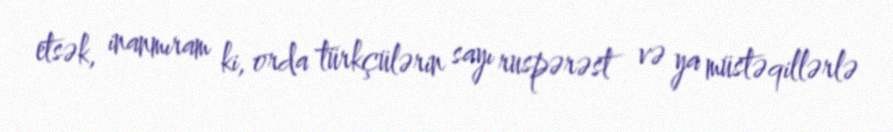
etsək, inanmıram ki, orda türkçülərin sayı ruspərəst və ya müstəqillərlə